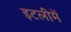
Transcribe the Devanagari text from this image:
इटलीमें